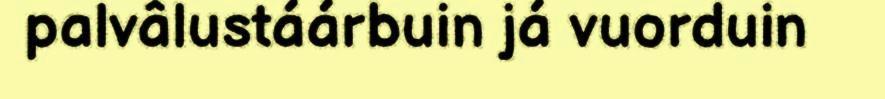
palvâlustáárbuin já vuorduin